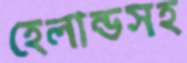
হেলান্ডসহ